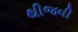
થીજવી